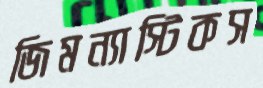
জিমন্যাস্টিকস